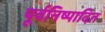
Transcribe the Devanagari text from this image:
पूर्वनिष्पादित